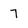
Character: 7